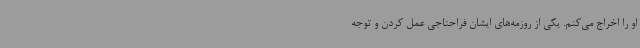
او را اخراج می‌کنم. یکی از روزمه‌های ایشان فراحناجی عمل کردن و توجه